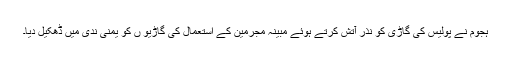
ہجوم نے پولیس کی گاڑی کو نذر آتش کرتے ہوئے مبینہ مجرمین کے استعمال کی گاڑیو ں کو یمنیٰ ندی میں ڈھکیل دیا۔